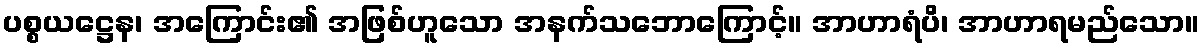
ပစ္စယဋ္ဌေန၊ အကြောင်း၏ အဖြစ်ဟူသော အနက်သဘောကြောင့်။ အာဟာရံပိ၊ အာဟာရမည်သော။